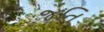
જતિ